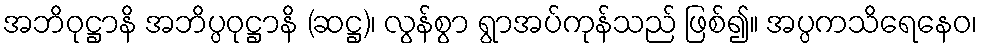
အဘိဝုဋ္ဌာနိ အဘိပ္ပဝုဋ္ဌာနိ (ဆဋ္ဌ)၊ လွန်စွာ ရွာအပ်ကုန်သည် ဖြစ်၍။ အပ္ပကသိရေနေဝ၊